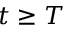
t \geq T